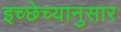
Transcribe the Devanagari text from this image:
इच्छेच्यानुसार